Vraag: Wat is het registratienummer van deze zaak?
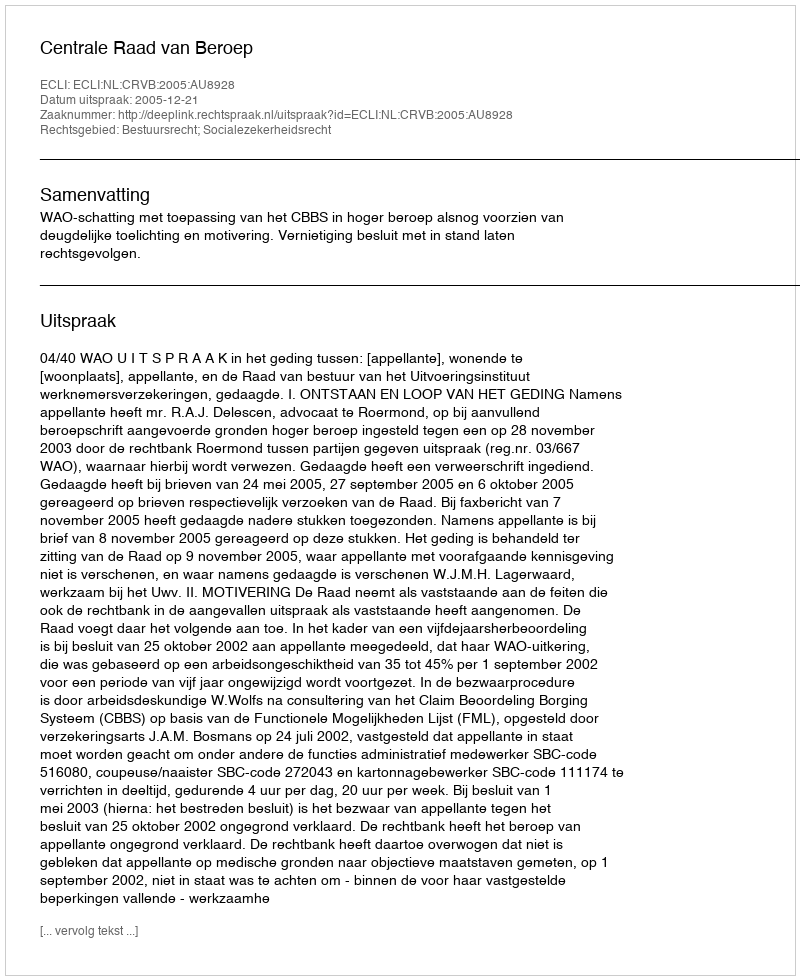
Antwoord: http://deeplink.rechtspraak.nl/uitspraak?id=ECLI:NL:CRVB:2005:AU8928